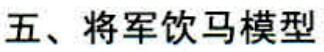
五、将军饮马模型